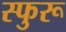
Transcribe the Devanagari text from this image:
स्फुरू